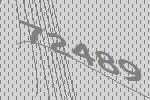
72489